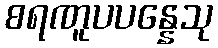
စရဏူပပန္နေသု